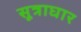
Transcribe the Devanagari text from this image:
सूत्राघार